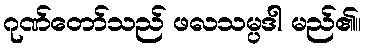
ဂုဏ်တော်သည် ဖလသမ္ပဒါ မည်၏။